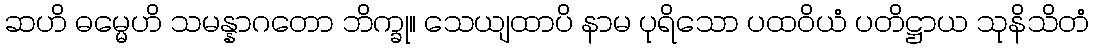
ဆဟိ ဓမ္မေဟိ သမန္နာဂတော ဘိက္ခု။ သေယျထာပိ နာမ ပုရိသော ပထဝိယံ ပတိဋ္ဌာယ သုနိသိတံ